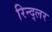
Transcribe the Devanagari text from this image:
रिन्द्लर